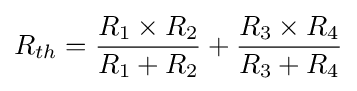
R_{th}={\frac {R_{1}\times R_{2}}{R_{1}+R_{2}}}+{\frac {R_{3}\times R_{4}}{R_{3}+R_{4}}}